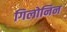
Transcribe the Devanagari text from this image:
गिलोनिन